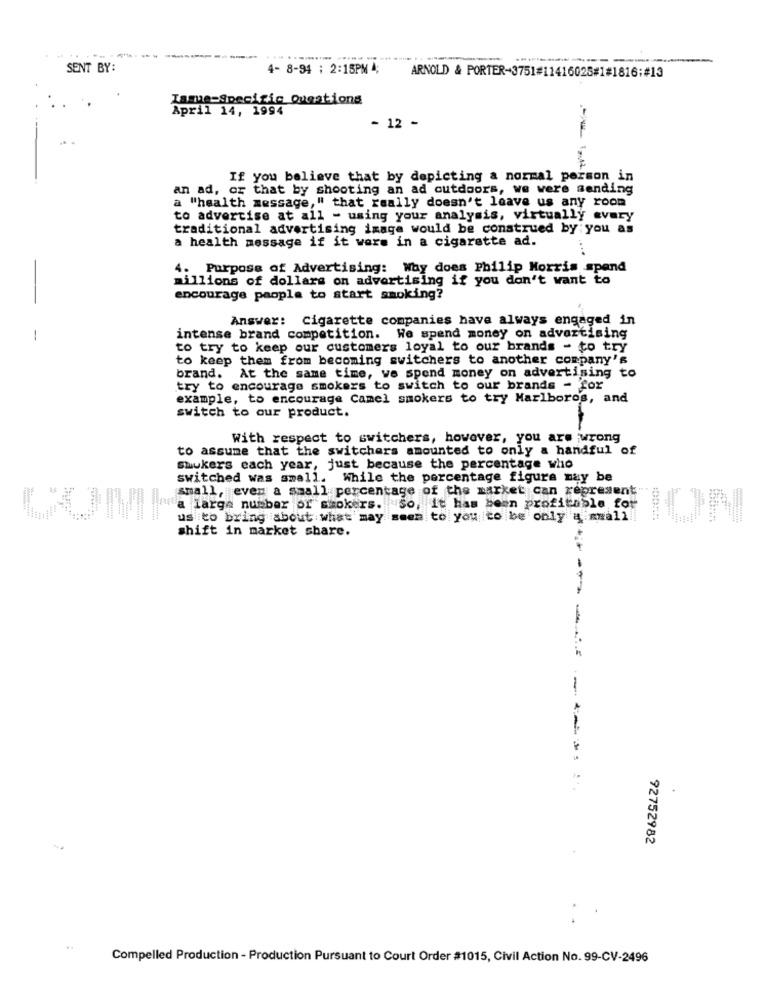
-
SENT BY:
4- 8-94 : 2:15PM 4;
ARNOLD & PORTER-3751#11416025#1#1816;#13
IssuesSpecific Questions
April 14, 1994
- 12 -
If you believe that by depicting a normal person in
an ad, or that by shooting an ad outdoors, we were sending
a "health message," that really doesn't leave us any room
to advertise at all - using your analysis, virtually every
traditional advertising image would be construed by you as
a health message if it were in a cigarette ad.
4. Purpose of Advertising: Why does Philip Morris spand
millions of dollars on advertising if you don't want to
encourage people to start smoking?
Answer: Cigarette companies have always engaged in
-
intense brand competition. We spend money on advertising
to try to keep our customers loyal to our brands - to try
to keep them from becoming switchers to another company's
brand. At the same time, we spend money on advertising to
try to encourage smokers to switch to our brands - for
example, to encourage Camel smokers to try Marlboros, and
switch to our product.
With respect to switchers, however, you are wrong
to assume that the switchers amounted to only a handful of
Swukers each year, just because the percentage who
switched was small. While the percentage figure may be
small, even a small percentage of the market can represent
a large number of smokers. So, it has been profitable for
us to bring about what may seen to you to be only a awali !!
shift in market share.
92752982
Compelled Production - Production Pursuant to Court Order #1015, Civil Action No. 99-CV-2496